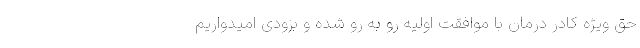
حق ویژه کادر درمان با موافقت اولیه رو به رو شده و بزودی امیدواریم